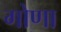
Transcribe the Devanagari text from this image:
गोणा